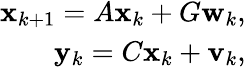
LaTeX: \begin{array}{r}{\mathbf{x}_{k+1}=A\mathbf{x}_{k}+G\mathbf{w}_{k},}\\ {\mathbf{y}_{k}=C\mathbf{x}_{k}+\mathbf{v}_{k},}\end{array}